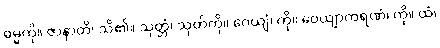
ဓမ္မကို။ ဇာနာတိ၊ သိ၏။ သုတ္တံ၊ သုတ်ကို။ ဂေယျံ၊ ကို။ ဝေယျာကရဏံ၊ ကို။ ထံ၊